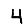
Digit: 4